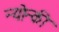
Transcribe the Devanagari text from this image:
न्योन्की